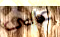
عالى